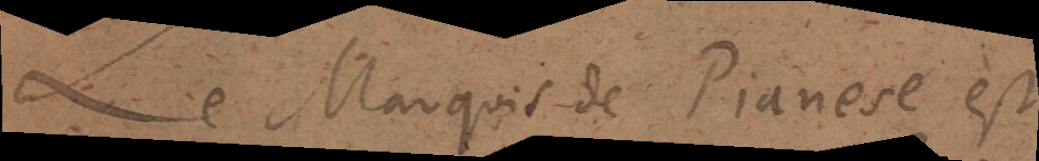
Le Marquis de Pianese est